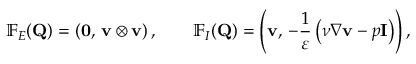
\mathbb { F } _ { E } ( \mathbf { Q } ) = \left( \mathbf { 0 } , \, \mathbf { v } \otimes \mathbf { v } \right) , \qquad \mathbb { F } _ { I } ( \mathbf { Q } ) = \left( \mathbf { v } , \, - \frac 1 { \varepsilon } \left( \nu \nabla \mathbf { v } - p \mathbf { I } \right) \right) ,